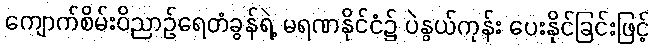
ကျောက်စိမ်းဝိညာဉ်ရေတံခွန်ရဲ့ မရဏနိုင်ငံ၌ ပဲနွယ်ကုန်း ပေးနိုင်ခြင်းဖြင့်